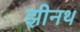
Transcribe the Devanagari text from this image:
झीनथ